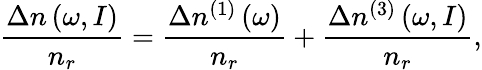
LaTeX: \frac{\Delta n\left(\omega,I\right)}{n_{r}}=\frac{\Delta n^{(1)}\left(\omega\right)}{n_{r}}+\frac{\Delta n^{(3)}\left(\omega,I\right)}{n_{r}},